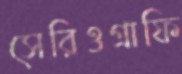
সেরিওগ্রাফি